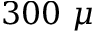
3 0 0 ~ \mu